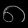
Digit: ၈